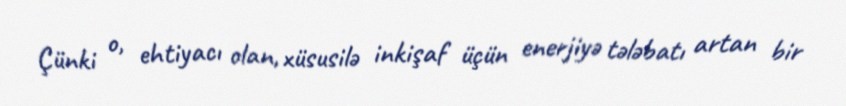
Çünki o, ehtiyacı olan, xüsusilə inkişaf üçün enerjiyə tələbatı artan bir